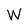
Character: W